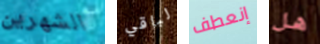
الشهرين لباقي إنعطف هل